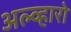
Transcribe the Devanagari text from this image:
अल्व्हारो